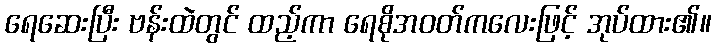
ရေဆေးပြီး ဗန်းထဲတွင် ထည့်ကာ ရေစိုအဝတ်ကလေးဖြင့် အုပ်ထား၏။